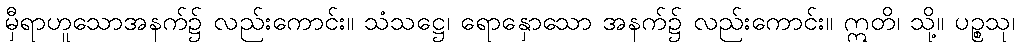
မှီရာဟူသောအနက်၌ လည်းကောင်း။ သံသဋ္ဌေ၊ ရောနှောသော အနက်၌ လည်းကောင်း။ ဣတိ၊ သို့။ ပဉ္စသု၊